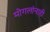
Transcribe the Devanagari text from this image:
मोगलांनाही